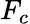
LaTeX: F_{c}